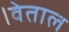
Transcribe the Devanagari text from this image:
।वेताल